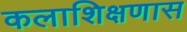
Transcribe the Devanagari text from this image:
कलाशिक्षणास